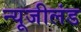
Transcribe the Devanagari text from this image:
न्यूजीलंड